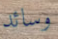
وسائد